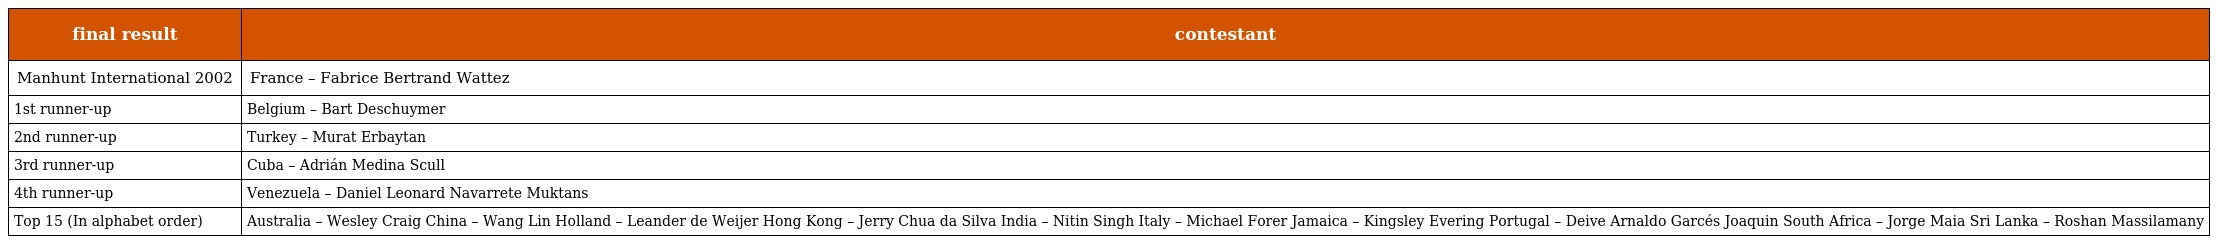
| final result | contestant |
 | --- | --- |
 | Manhunt International 2002 | France – Fabrice Bertrand Wattez |
 | 1st runner-up | Belgium – Bart Deschuymer |
 | 2nd runner-up | Turkey – Murat Erbaytan |
 | 3rd runner-up | Cuba – Adrián Medina Scull |
 | 4th runner-up | Venezuela – Daniel Leonard Navarrete Muktans |
 | Top 15 (In alphabet order) | Australia – Wesley Craig China – Wang Lin Holland – Leander de Weijer Hong Kong – Jerry Chua da Silva India – Nitin Singh Italy – Michael Forer Jamaica – Kingsley Evering Portugal – Deive Arnaldo Garcés Joaquin South Africa – Jorge Maia Sri Lanka – Roshan Massilamany |